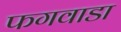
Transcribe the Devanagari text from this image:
फगवाडा